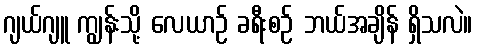
ဂျယ်ဂျူ ကျွန်းသို့ လေယာဉ် ခရီးစဉ် ဘယ်အချိန် ရှိသလဲ။